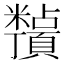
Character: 𬗀